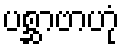
ပစ္ဆာဗာဟုံ